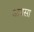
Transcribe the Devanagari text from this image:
अबसा